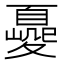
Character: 𡕿